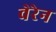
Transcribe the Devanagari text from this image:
वेरेन